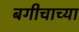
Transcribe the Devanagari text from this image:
बगीचाच्या